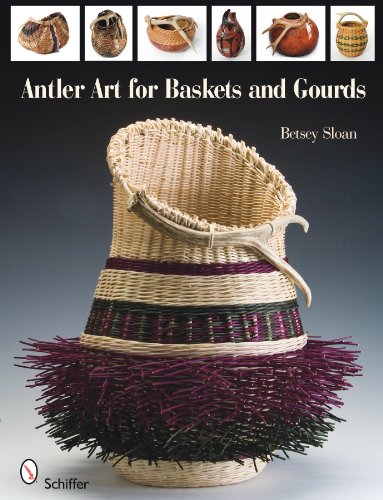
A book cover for Antler Art for Baskets and Gourds; Betsey Sloan; Crafts, Hobbies & Home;